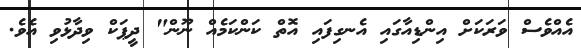
އެއްވެސް ވަރަކަށް އިންޑިއާގައި އެނގިފައި އޮތް ކަންކަމެއް ނޫން" ދީޕަކް ވިދާޅުވި އެވެ.